Note on the mental hospitals in Burma - 1925-1940
Year: 1925
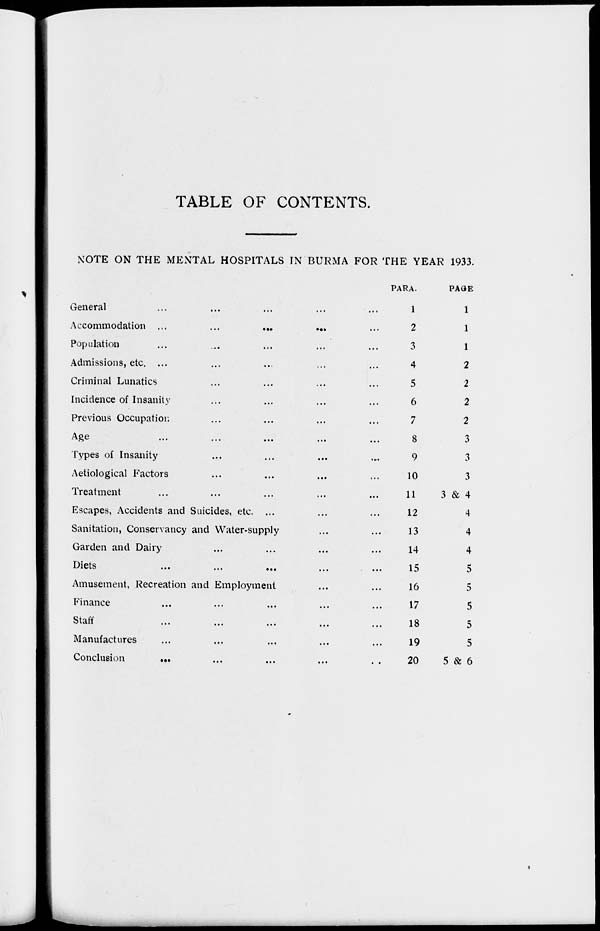
TABLE OF CONTENTS.
NOTE ON THE MENTAL HOSPITALS IN BURMA FOR THE YEAR 1933.
General ... ... ... ... ... ...
Accommodation ...
...
...
...
Population ... ... ... ... ... ...
Admissions, etc. ... ... ... ... ... ...
Criminal Lunatics ... ... ... ... ...
Incidence of Insanity ... ... ... ... ...
Previous Occupation ... ... ... ... ...
Age ... ... ... ... ... ...
Types of Insanity ... ... ... ... ...
Aetiological Factors ... ... ... ... ...
Treatment ... ... ... ... ... ...
Escapes, Accidents and Suicides, etc. ... ... ... ...
Sanitation, Conservancy and Water-supply ... ... ...
Garden and Dairy ... ... ... ... ...
Diets ... ... ... ... ... ...
Amusement, Recreation and Employment ... ... ...
Finance ... ... ... ... ... ...
Staff ... ... ... ... ... ...
Manufactures ... ... ... ... ...
Conclusion ... ... ... ... ... ...
PARA.
1
2
3
4
5
6
7
8
9
10
11
12
13
14
15
16
17
18
19
20
PAGE
1
1
1
2
2
2
2
3
3
3
3 & 4
4
4
4
5
5
5
5
5
5 & 6